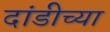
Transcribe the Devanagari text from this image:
दांडीच्या